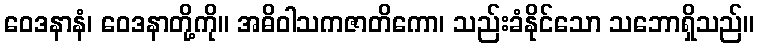
ဝေဒနာနံ၊ ဝေဒနာတို့ကို။ အဓိဝါသကဇာတိကော၊ သည်းခံနိုင်သော သဘောရှိသည်။